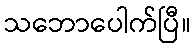
သဘောပေါက်ပြီ။